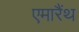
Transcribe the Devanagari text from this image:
एमारैंथ